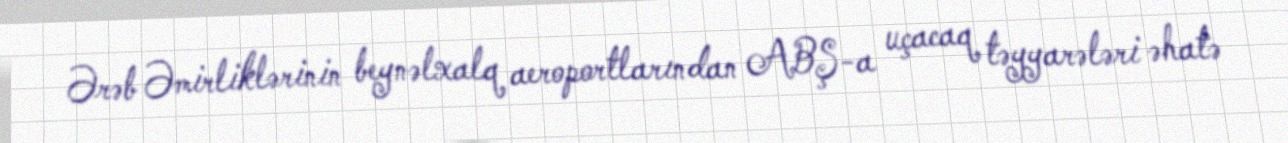
Ərəb Əmirliklərinin beynəlxalq aeroportlarından ABŞ-a uçacaq təyyarələri əhatə